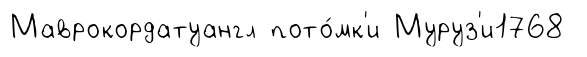
Маврокордатуангл пото́мк'и Муруз'и1768